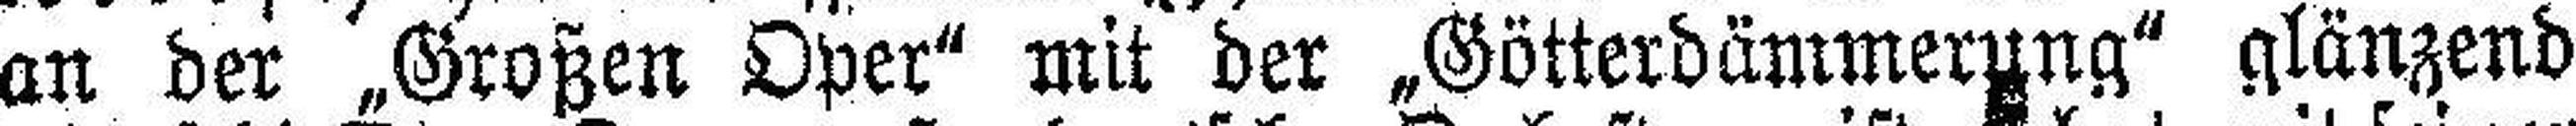
an der „Großen Oper“ mit der „Götterdämmerung“ glänzend